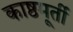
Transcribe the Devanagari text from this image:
काष्ठमूर्ती